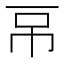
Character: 𰀌